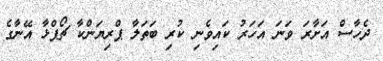
ދެހާސް އަށާރަ ވަނަ އަހަރު ކައިވެނި ކުރި ބަތަލާ ޕްރިޔަންކާ ޗޯޕްޅާ އޭނާގެ